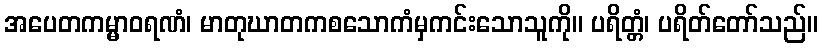
အပေတကမ္မာဝရဏံ၊ မာတုဃာတကစသောကံမှကင်းသောသူကို။ ပရိတ္တံ၊ ပရိတ်တော်သည်။